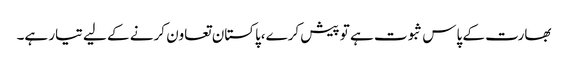
بھارت کے پاس ثبوت ہے تو پیش کرے،پاکستان تعاون کرنے کے لیے تیار ہے۔